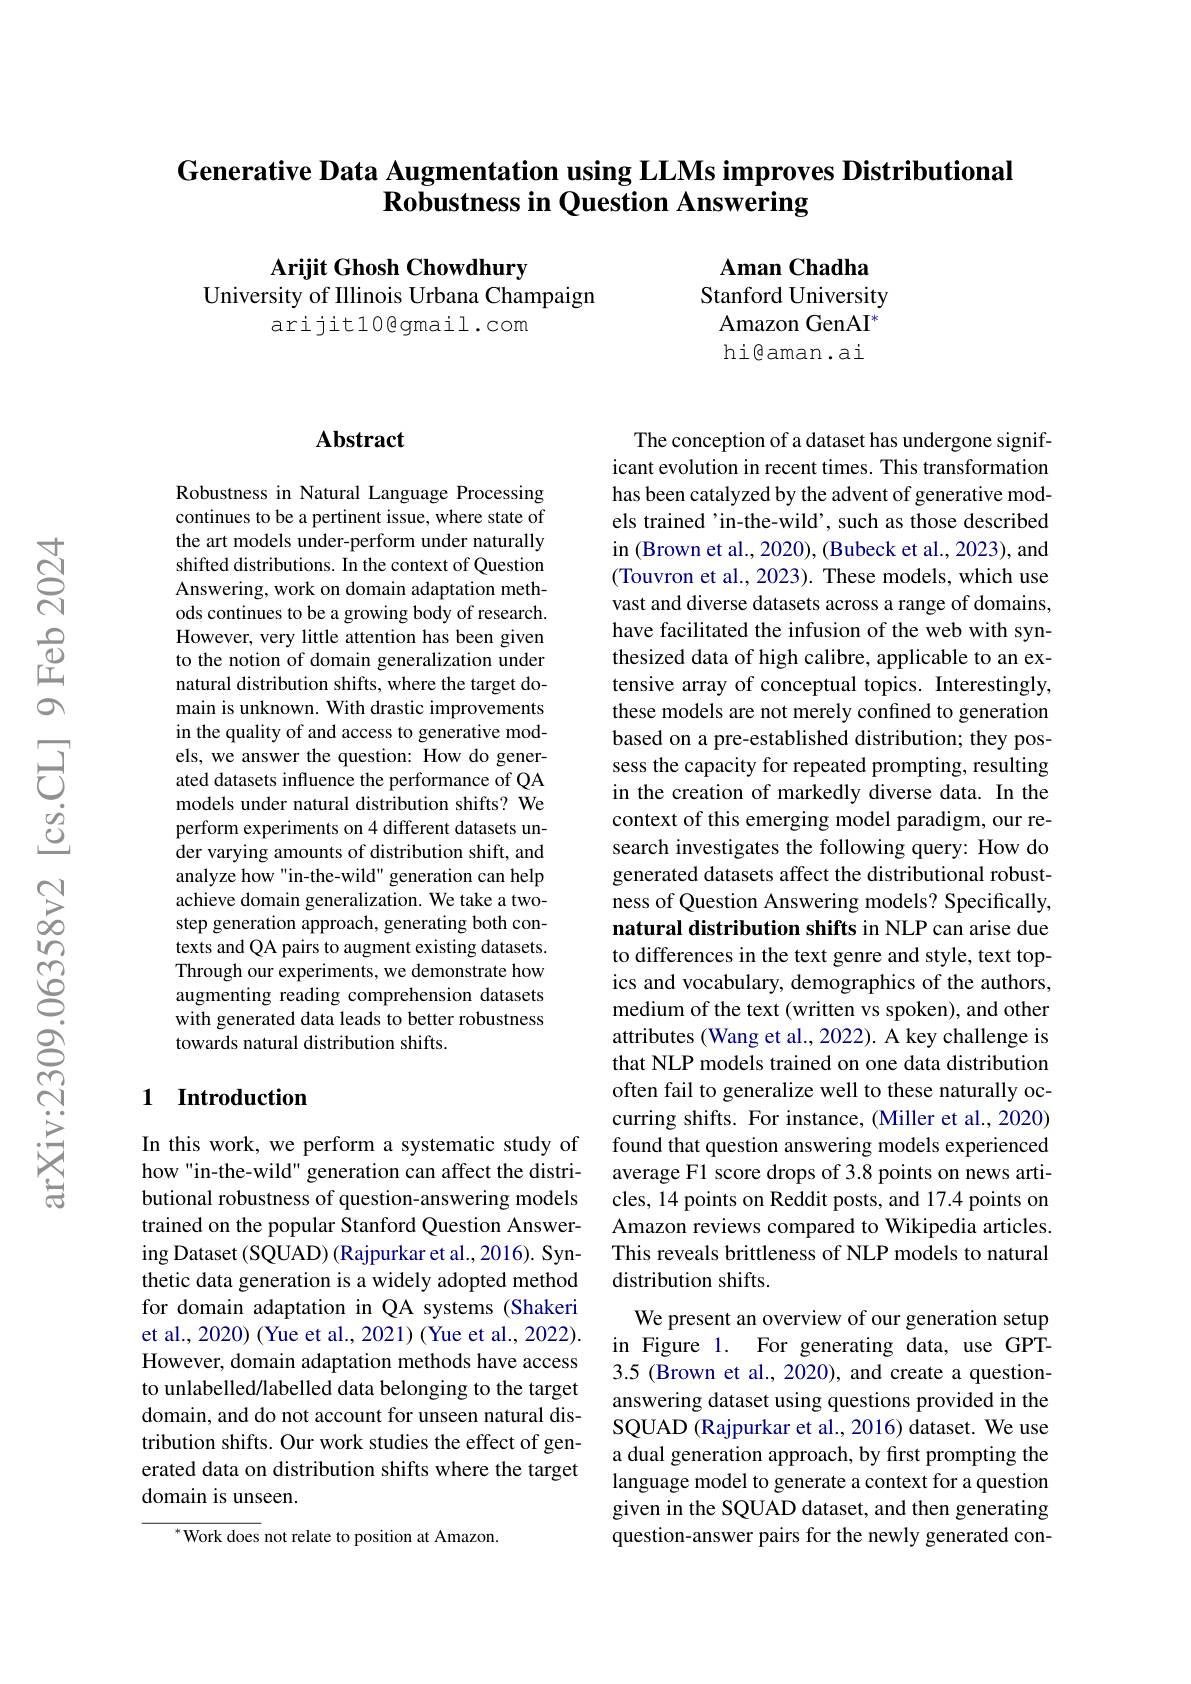
# Generative Data Augmentation using LLMs improves Distributional Robustness in Question Answering

Arijit Ghosh Chowdhury
University of Illinois Urbana Champaign
arijitlogmail.com

$\mathbf{Aman}$ Chadha Stanford University
Amazon GenAI$^{*}$ hi@aman.ai

## Abstract

Robustness in Natural Language Processing continues to be a pertinent issue, where state of the art models under-perform under naturally shifted distributions. In the context of Question Answering, work on domain adaptation methods continues to be a growing body of research However, very little attention has been given to the notion of domain generalization under natural distribution shifts, where the target domain is unknown. With drastic improvements in the quality of and access to generative models, we answer the question: How do generated datasets influence the performance of QA models under natural distribution shifts? We perform experiments on 4 different datasets under varying amounts of distribution shift, and analyze how "in-the-wild" generation can help achieve domain generalization. We take a twostep generation approach, generating both contexts and QA pairs to augment existing datasets. Through our experiments, we demonstrate how augmenting reading comprehension datasets with generated data leads to better robustness towards natural distribution shifts.

The conception of a dataset has undergone significant evolution in recent times. This transformation has been catalyzed by the advent of generative models trained'in-the-wild', such as those described in (Brown et al., 2020), (Bubeck et al., 2023), and (Touvron et al., 2023). These models, which use vast and diverse datasets across a range of domains, have facilitated the infusion of the web with synthesized data of high calibre, applicable to an extensive array of conceptual topics. Interestingly these models are not merely confined to generation based on a pre-established distribution; they possess the capacity for repeated prompting, resulting in the creation of markedly diverse data. In the context of this emerging model paradigm, our research investigates the following query: How do generated datasets affect the distributional robustness of Question Answering models? Specifically, natural distribution shifts in NLP can arise due to differences in the text genre and style, text topics and vocabulary, demographics of the authors, medium of the text (written vs spoken), and other attributes (Wang et al., 2022). A key challenge is that NLP models trained on one data distribution often fail to generalize well to these naturally occurring shifts. For instance, (Miller et al., 2020) found that question answering models experienced average F1 score drops of 3.8 points on news articles, 14 points on Reddit posts, and 17.4 points on Amazon reviews compared to Wikipedia articles. This reveals brittleness of NLP models to natural distribution shifts.
We present an overview of our generation setup in Figure 1. For generating data, use GPT- 3.5 (Brown et al., 2020), and create a questionanswering dataset using questions provided in the SQUAD (Rajpurkar et al., 2016) dataset. We use a dual generation approach, by first prompting the language model to generate a context for a question given in the SQUAD dataset, and then generating question-answer pairs for the newly generated con-

### 1 Introduction

In this work, we perform a systematic study of how "in-the-wild" generation can affect the distributional robustness of question-answering models trained on the popular Stanford Question Answering Dataset (SQUAD) (Rajpurkar et al., 2016). Synthetic data generation is a widely adopted method for domain adaptation in QA systems (Shakeri et al., 2020) (Yue et al., 2021) (Yue et al., 2022). However, domain adaptation methods have access to unlabelled/labelled data belonging to the target domain, and do not account for unseen natural distribution shifts. Our work studies the effect of generated data on distribution shifts where the target domain is unseen.

${^{*}\text{Work does }}$not relate to position at Amazon.